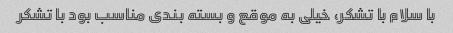
با سلام با تشکر، خیلی به موقع و بسته بندی مناسب بود با تشکر